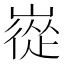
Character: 嵸